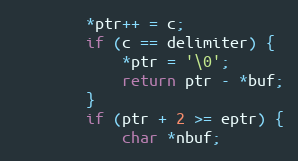
Language: C
		*ptr++ = c;
		if (c == delimiter) {
			*ptr = '\0';
			return ptr - *buf;
		}
		if (ptr + 2 >= eptr) {
			char *nbuf;